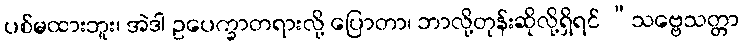
ပစ်မထားဘူး၊ အဲဒါ ဥပေက္ခာတရားလို့ ပြောတာ၊ ဘာလို့တုန်းဆိုလို့ရှိရင် “သဗ္ဗေသတ္တာ